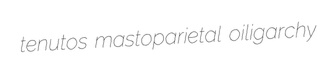
tenutos mastoparietal oiligarchy